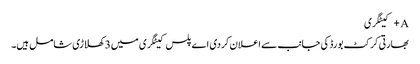
A+ کیٹگری
بھارتی کرکٹ بورڈ کی جانب سے اعلان کردی اے پلس کیٹگری میں 3 کھلاڑی شامل ہیں۔